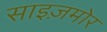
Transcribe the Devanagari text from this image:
साइज़मोर